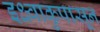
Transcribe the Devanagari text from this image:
इक्ष्वाकुपासून